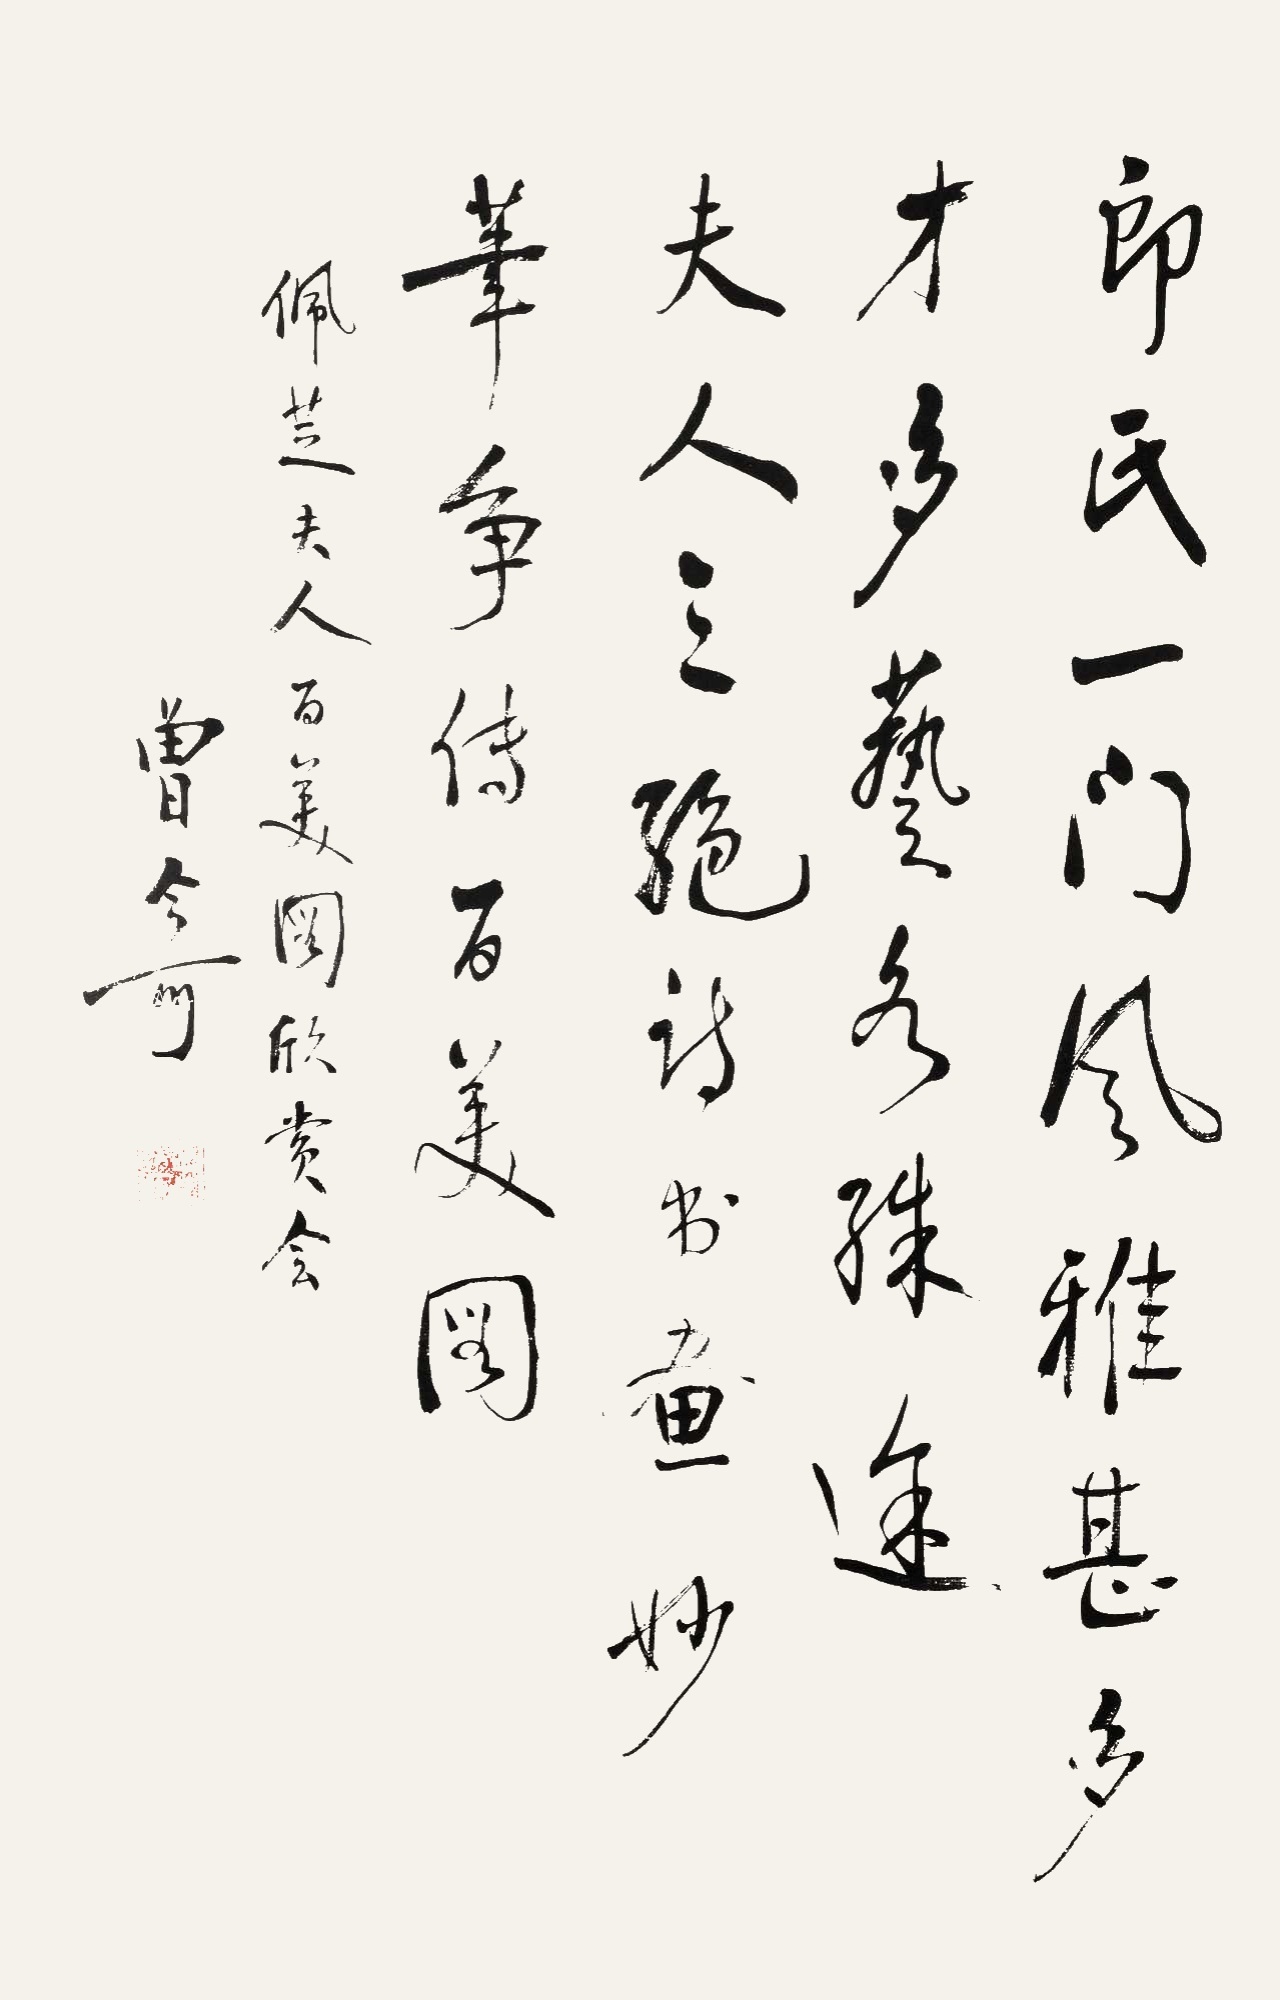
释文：郎氏一门风雅甚，多才多艺各殊途；夫人三绝诗书画，妙笔争传百美图。佩芝夫人百美图欣赏会，曾今可。